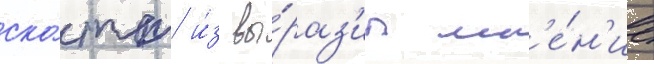
ско́тт и́з вы́раз'ил мн'е́н'ие